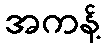
အကန့်